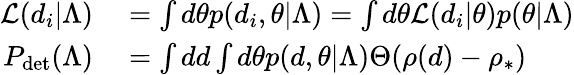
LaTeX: \begin{array}{rl}{{\cal L}(d_{i}|\Lambda)}&{{}=\int d\theta p(d_{i},\theta|\Lambda)=\int d\theta{\cal L}(d_{i}|\theta)p(\theta|\Lambda)}\\ {P_{\mathrm{det}}(\Lambda)}&{{}=\int dd\int d\theta p(d,\theta|\Lambda)\Theta(\rho(d)-\rho_{*})}\end{array}